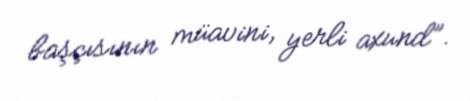
başçısının müavini, yerli axund”.